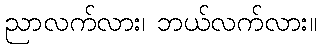
ညာလက်လား၊ ဘယ်လက်လား။